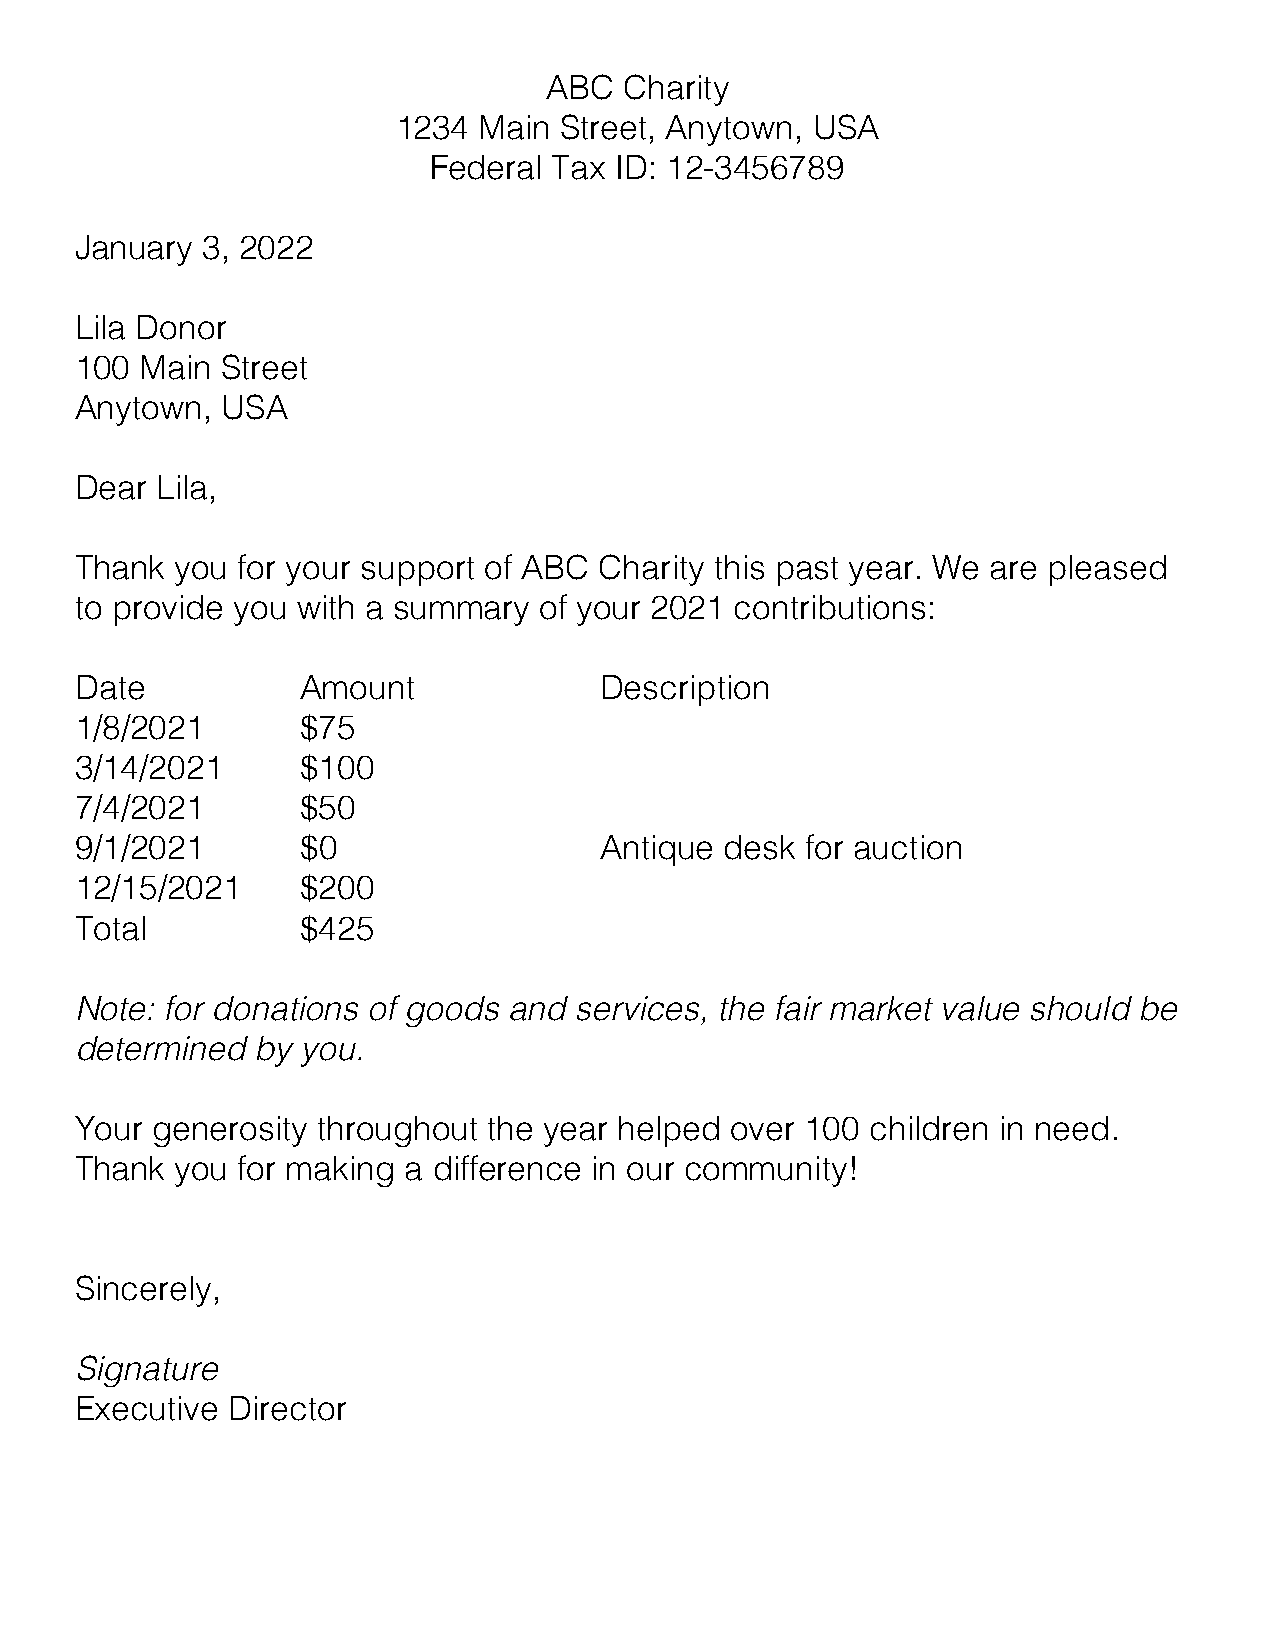
ABC  Charity
 1234  Main Street, Anytown, USA
 Federal  Tax ID: 12-3456789
 January 3, 2022
 Lila Donor
 100 Main  Street
 Anytown,  USA
 Dear Lila,
 Thank  you for your support of ABC Charity this past year. We are pleased
 to provide you with a summary  of your 2021 contributions:
 Date           Amount              Description
 1/8/2021       $75
 3/14/2021      $100
 7/4/2021       $50
 9/1/2021       $0                  Antique desk for auction
 12/15/2021     $200
 Total          $425
 Note: for donations of goods and services, the fair market value should be
 determined  by you.
 Your generosity throughout the year helped over 100  children in need.
 Thank  you for making a difference in our community!
 Sincerely,
 Signature
 Executive Director